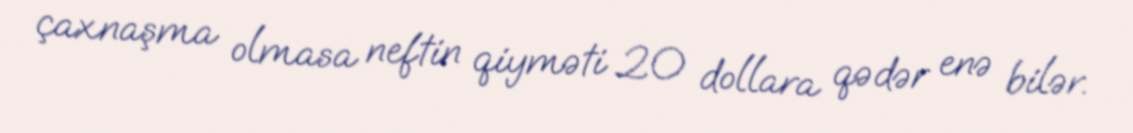
çaxnaşma olmasa neftin qiyməti 20 dollara qədər enə bilər.